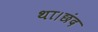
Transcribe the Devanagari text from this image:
था।छंद